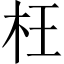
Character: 枉